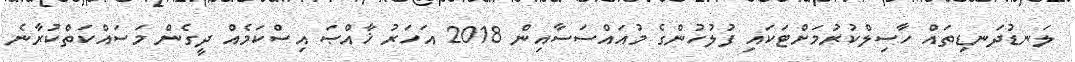
ލަނޑުދަނޑިތައް ހާސިލްކުރުމަށްޓަކައި ފުލުހުންގެ މުއައްސަސާއިން 2018 އަހަރު ޚާއްޞަ އިސްކަމެއް ދީގެން މަސައްކަތްކުރާނެ